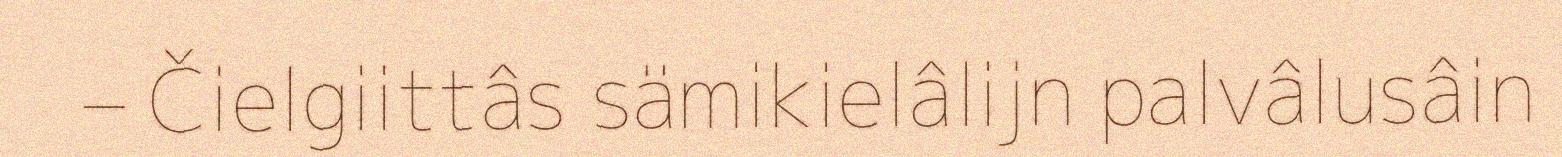
– Čielgiittâs sämikielâlijn palvâlusâin